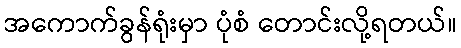
အကောက်ခွန်ရုံးမှာ ပုံစံ တောင်းလို့ရတယ်။